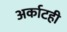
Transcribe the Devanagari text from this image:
अर्काटही